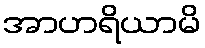
အာဟရိယာမိ